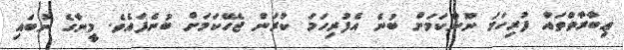
ޢިބާރާތްތައް ފުރިހަމަ ނޫންކަމަށް ބުނެ އެފުރިހަމަ ކުރަން ޖެހޭކަމަށް ބުނެފައެވެ. މީނާގެ ނުބައި